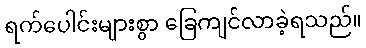
ရက်ပေါင်းများစွာ ခြေကျင်လာခဲ့ရသည်။